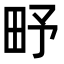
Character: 𤰩